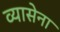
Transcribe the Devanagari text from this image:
व्यासेना